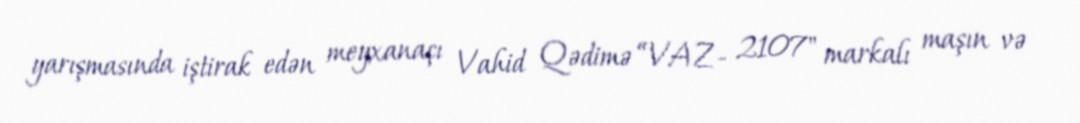
yarışmasında iştirak edən meyxanaçı Vahid Qədimə “VAZ- 2107" markalı maşın və